Report on vaccination North-West Frontier Province 1904-1922 - 1904-1922
Year: 1904
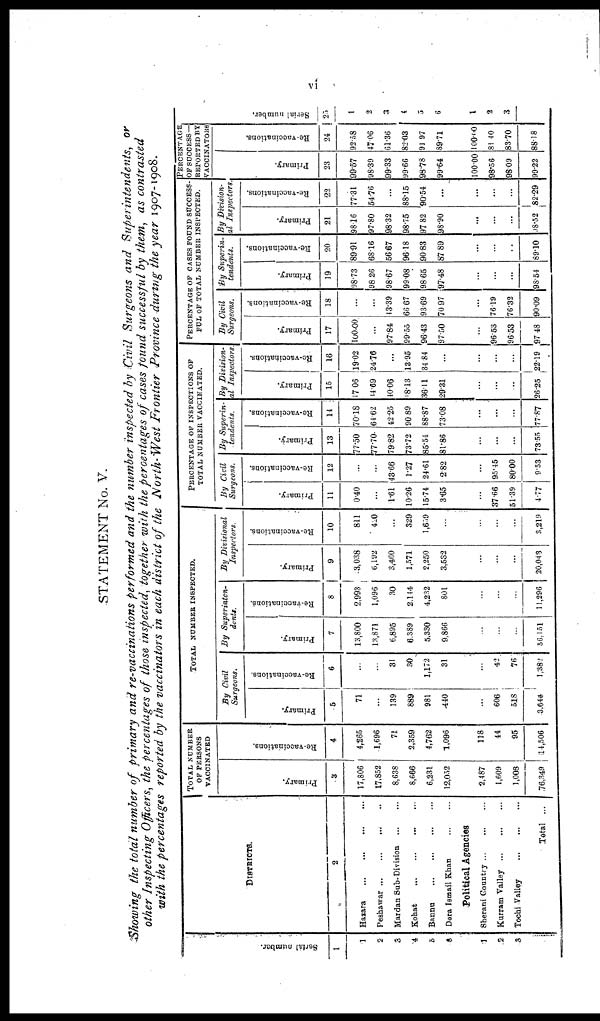
vi
STATEMENT No. V.
Showing the total number of primary and re-vaccinations performed and the number inspected by Civil Surgeons and Superintendents, or
other Inspecting Officers, the percentages of those inspected, together with the percentages of cases found successful by them, as contrasted
with the percentages reported by the vaccinators in each district of the North-West Frontier Province during the year 1907-1908.
Serial number.
1
1
2
3
4
5
6
1
2
3
DISTRICTS.
2
Hasara
... ... ... ...
Peshawar
...
...
...
..
Mardan Sub-Division
... ...
Kohat
... ... ... ...
Bannu
... ... ... ...
Dera Ismail Khan
... ...
Political Agencies
Sherani Country ... ... ...
Kurram Valley
... ... ...
Tochi Valley
... ... ...
Total ...
TOTAL NUMBER
OF PERSONS
VACCINATED
Primary.
3
17,806
17,852
8,638
8,666
6,231
12,052
2,487
1,609
1,008
76.349
Re-vaccinations.
4
4,265
1,696
71
2,359
4,762
1,096
118
44
95
14,506
TOTAL NUMBER INSPECTED.
By Civil
Surgeons.
Primary.
5
71
...
139
889
981
440
...
606
518
3,644
Re-vaccinations.
6
...
...
31
30
1,172
31
...
42
76
1,382
By
Superinten-
dents.
Primaly.
7
13,800
13,871
6,895
6,389
5,330
9,866
...
...
...
56,151
Re-vaccinations.
8
2,993
1,096
30
2,144
4,232
801
...
...
...
11,296
By
Divisional
Inspectors
Primary.
9
3,038
6,192
3,460
1,571
2,250
3,532
...
...
...
20,043
Re-vaccinations.
10
811
420
...
329
1,659
...
...
...
...
3,219
PERCENTAGE OF INSPECTIONS OF
TOTAL NUMBER VACCINATED.
By Civil
Surgeons.
Primary.
11
0.40
...
1.61
10.26
15.74
3.65
...
37.66
51.39
4.77
Re-vaccinations.
12
...
...
43.66
1.27
24.61
2.82
...
95.45
80.00
9.53
By
Superin-
tendents.
Primary.
13
77.50
77.70
79.82
73.72
85.54
81.86
...
...
...
73.55
Re-vaccinations.
14
70.18
64.62
42.25
90.89
88.87
73.08
...
...
...
77.87
By
Division-
al
Inspectors.
Primary.
15
17.06
14.69
40.06
18.13
36.11
29.31
...
...
..
26.25
Re-vaccinations.
16
19.02
24.76
...
13.95
34.84
...
...
...
...
22.19
PERCENTAGE OF CASES FOUND SUCCESS-
FUL OF TOTAL NUMBER INSPECTED.
By Civil
Surgeons.
Primary.
17
100.00
...
97.84
99.55
96.43
97.50
...
96.53
96.53
97.48
Re-vaccinations.
18
...
...
43.39
66.67
93.69
70.97
...
76.19
76.32
90.09
By
Superin¬
tendents.
Primary.
19
98.73
98.26
98.67
99.08
98.65
97.48
...
...
...
98.54
Re-vaccinations.
20
89.91
68.16
56.67
96.18
90.83
87.89
...
...
...
89.10
By Division¬
al
Inspectors.
Primary.
21
98.16
97.80
98.32
98.75
97.82
98.90
...
...
...
18.52
Re-vaccinations.
22
77.31
54.76
...
88.15
90.54
...
...
...
...
82.29
PERCENTAGE
OF SUCCESS —
REPORTED BY
VACCINATORS
Primary.
23
99.57
98.39
99.33
99.66
98.78
99.64
100.00
98.56
98.09
99.22
Re-vaccinations.
24
92.58
47.06
61.36
82.03
91.97
89.71
100.00
81.40
83.70
88.18
Serial number.
25
1
2
3
4
5
6
1
2
3